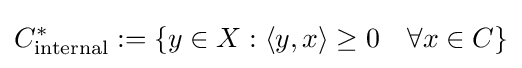
C_{\text{internal}}^{*}:=\left\{y\in X:\langle y,x\rangle \geq 0\quad \forall x\in C\right\}